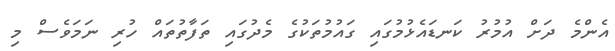
އެންމެ ދަށް އުމުރު ކަނޑައެޅުމުގައި ގައުމުތަކުގެ މެދުގައި ތަފާތުތައް ހުރި ނަމަވެސް މި